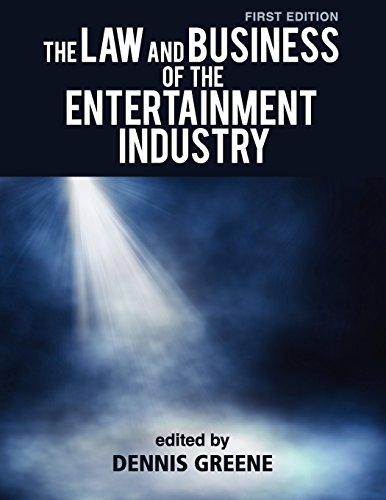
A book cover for The Law and Business of the Entertainment Industry; Dennis Greene; Law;